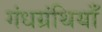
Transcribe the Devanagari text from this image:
गंधग्रंथियाँ